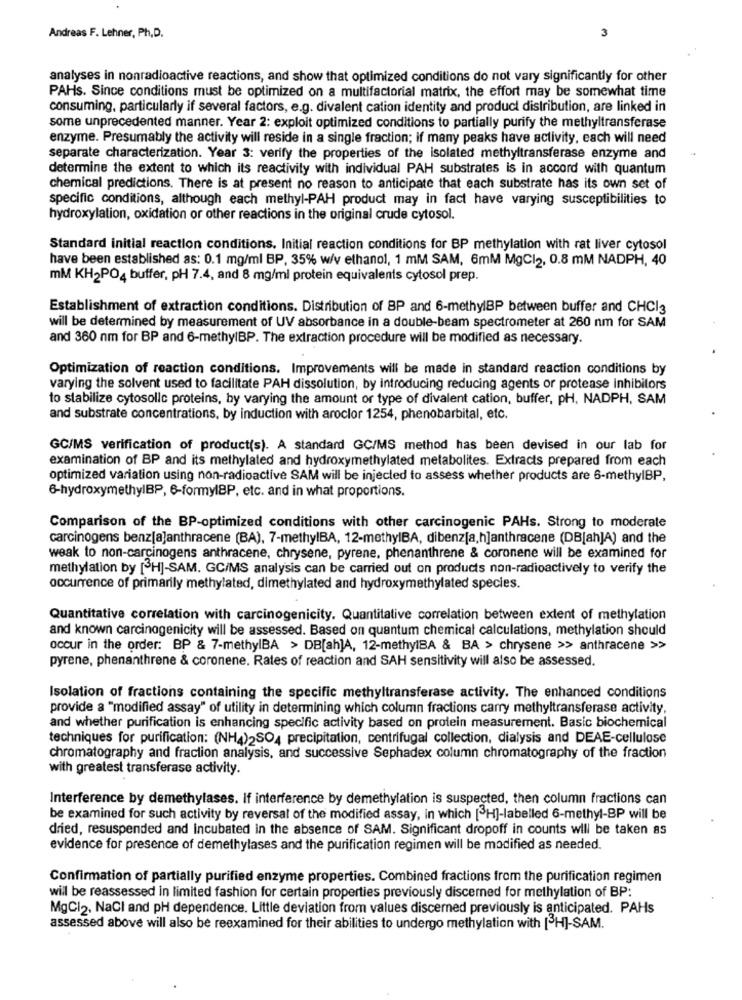
Andreas F. Lehner, Ph.D.
3
analyses in nonradioactive reactions, and show that optimized conditions do not vary significantly for other
PAHs. Since conditions must be optimized on a multifactorial matrix, the effort may be somewhat time
consuming, particularly if several factors, e.g. divalent cation identity and product distribution, are linked in
some unprecedented manner. Year 2: exploit optimized conditions to partially purify the methyltransferase
enzyme. Presumably the activity will reside in a single fraction; if many peaks have activity, each will need
separate characterization. Year 3: verify the properties of the isolated methyltransferase enzyme and
determine the extent to which its reactivity with individual PAH substrates is in accord with quantum
chemical predictions. There is at present no reason to anticipate that each substrate has its own set of
specific conditions, although each methyl-PAH product may in fact have varying susceptibilities to
hydroxylation, oxidation or other reactions in the original crude cytosol.
Standard initial reaction conditions. Initial reaction conditions for BP methylation with rat liver cytosol
have been established as: 0.1 mg/ml BP, 35% w/v ethanol, 1 mM SAM, 6mM MgCl2, 0.8 mM NADPH, 40
mM KH2PO4 buffer, pH 7.4, and 8 mg/ml protein equivalents cytosol prep.
Establishment of extraction conditions. Distribution of BP and 6-methylBP between buffer and CHCI3
will be determined by measurement of UV absorbance in a double-beam spectrometer at 260 nm for SAM
and 360 nm for BP and 6-methylBP. The extraction procedure will be modified as necessary.
Optimization of reaction conditions. Improvements will be made in standard reaction conditions by
varying the solvent used to facilitate PAH dissolution, by introducing reducing agents or protease Inhibitors
to stabilize cytosollc proteins, by varying the amount or type of divalent cation, buffer, PH, NADPH, SAM
and substrate concentrations, by induction with aroclor 1254, phenobarbital, etc.
GC/MS verification of product(s). A standard GC/MS method has been devised in our lab for
examination of BP and its methylated and hydroxymethylated metabolites. Extracts prepared from each
optimized variation using non-radioactive SAM will be injected to assess whether products are 6-methylBP,
6-hydroxymethylBP, 6-formylBP, etc. and in what proportions.
Comparison of the BP-optimized conditions with other carcinogenic PAHs. Strong to moderate
carcinogens benz[a]anthracene (BA), 7-methylBA, 12-methylBA, dibenzja,h]anthracene (DB[ahJA) and the
weak to non-carcinogens anthracene, chrysene, pyrene, phenanthrene & coronene will be examined for
methylation by [3H]-SAM. GC/MS analysis can be carried out on products non-radioactively to verify the
occurrence of primarily methylated, dimethylated and hydroxymethylated species.
Quantitative correlation with carcinogenicity. Quantitative correlation between extent of methylation
and known carcinogenicity will be assessed. Based on quantum chemical calculations, methylation should
occur in the order: BP & 7-methylBA > DB[ah]A, 12-methylBA & BA > chrysene >> anthracene >>
pyrene, phenanthrene & coronene. Rates of reaction and SAH sensitivity will also be assessed.
Isolation of fractions containing the specific methyltransferase activity. The enhanced conditions
provide a "modified assay" of utility in determining which column fractions carry methyltransferase activity,
and whether purification is enhancing specific activity based on protein measurement. Basic biochemical
techniques for purification: (NH4)2SO4 precipitation, centrifugal collection, dialysis and DEAE-cellulose
chromatography and fraction analysis, and successive Sephadex column chromatography of the fraction
with greatest transferase activity.
Interference by demethylases. If interference by demethylation is suspected, then column fractions can
be examined for such activity by reversal of the modified assay, in which [H]-labelled 6-methyl-BP will be
dried, resuspended and incubated in the absence of SAM. Significant dropoff in counts will be taken as
evidence for presence of demethylases and the purification regimen will be modified as needed.
Confirmation of partially purified enzyme properties. Combined fractions from the purification regimen
will be reassessed in limited fashion for certain properties previously discerned for methylation of BP:
MgCl2, NaCl and pH dependence. Little deviation from values discerned previously is anticipated. PAHs
assessed above will also be reexamined for their abilities to undergo methylation with [H]-SAM.